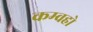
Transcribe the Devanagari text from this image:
कम्वहो